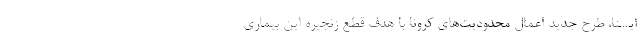
ایسنا، طرح جدید اعمال محدودیت‌های کرونا با هدف قطع زنجیره این بیماری